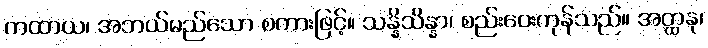
ကထာယ၊ အဘယ်မည်သော စကားဖြင့်။ သန္နိသိန္နာ၊ စည်းဝေးကုန်သည်။ အတ္ထနု၊